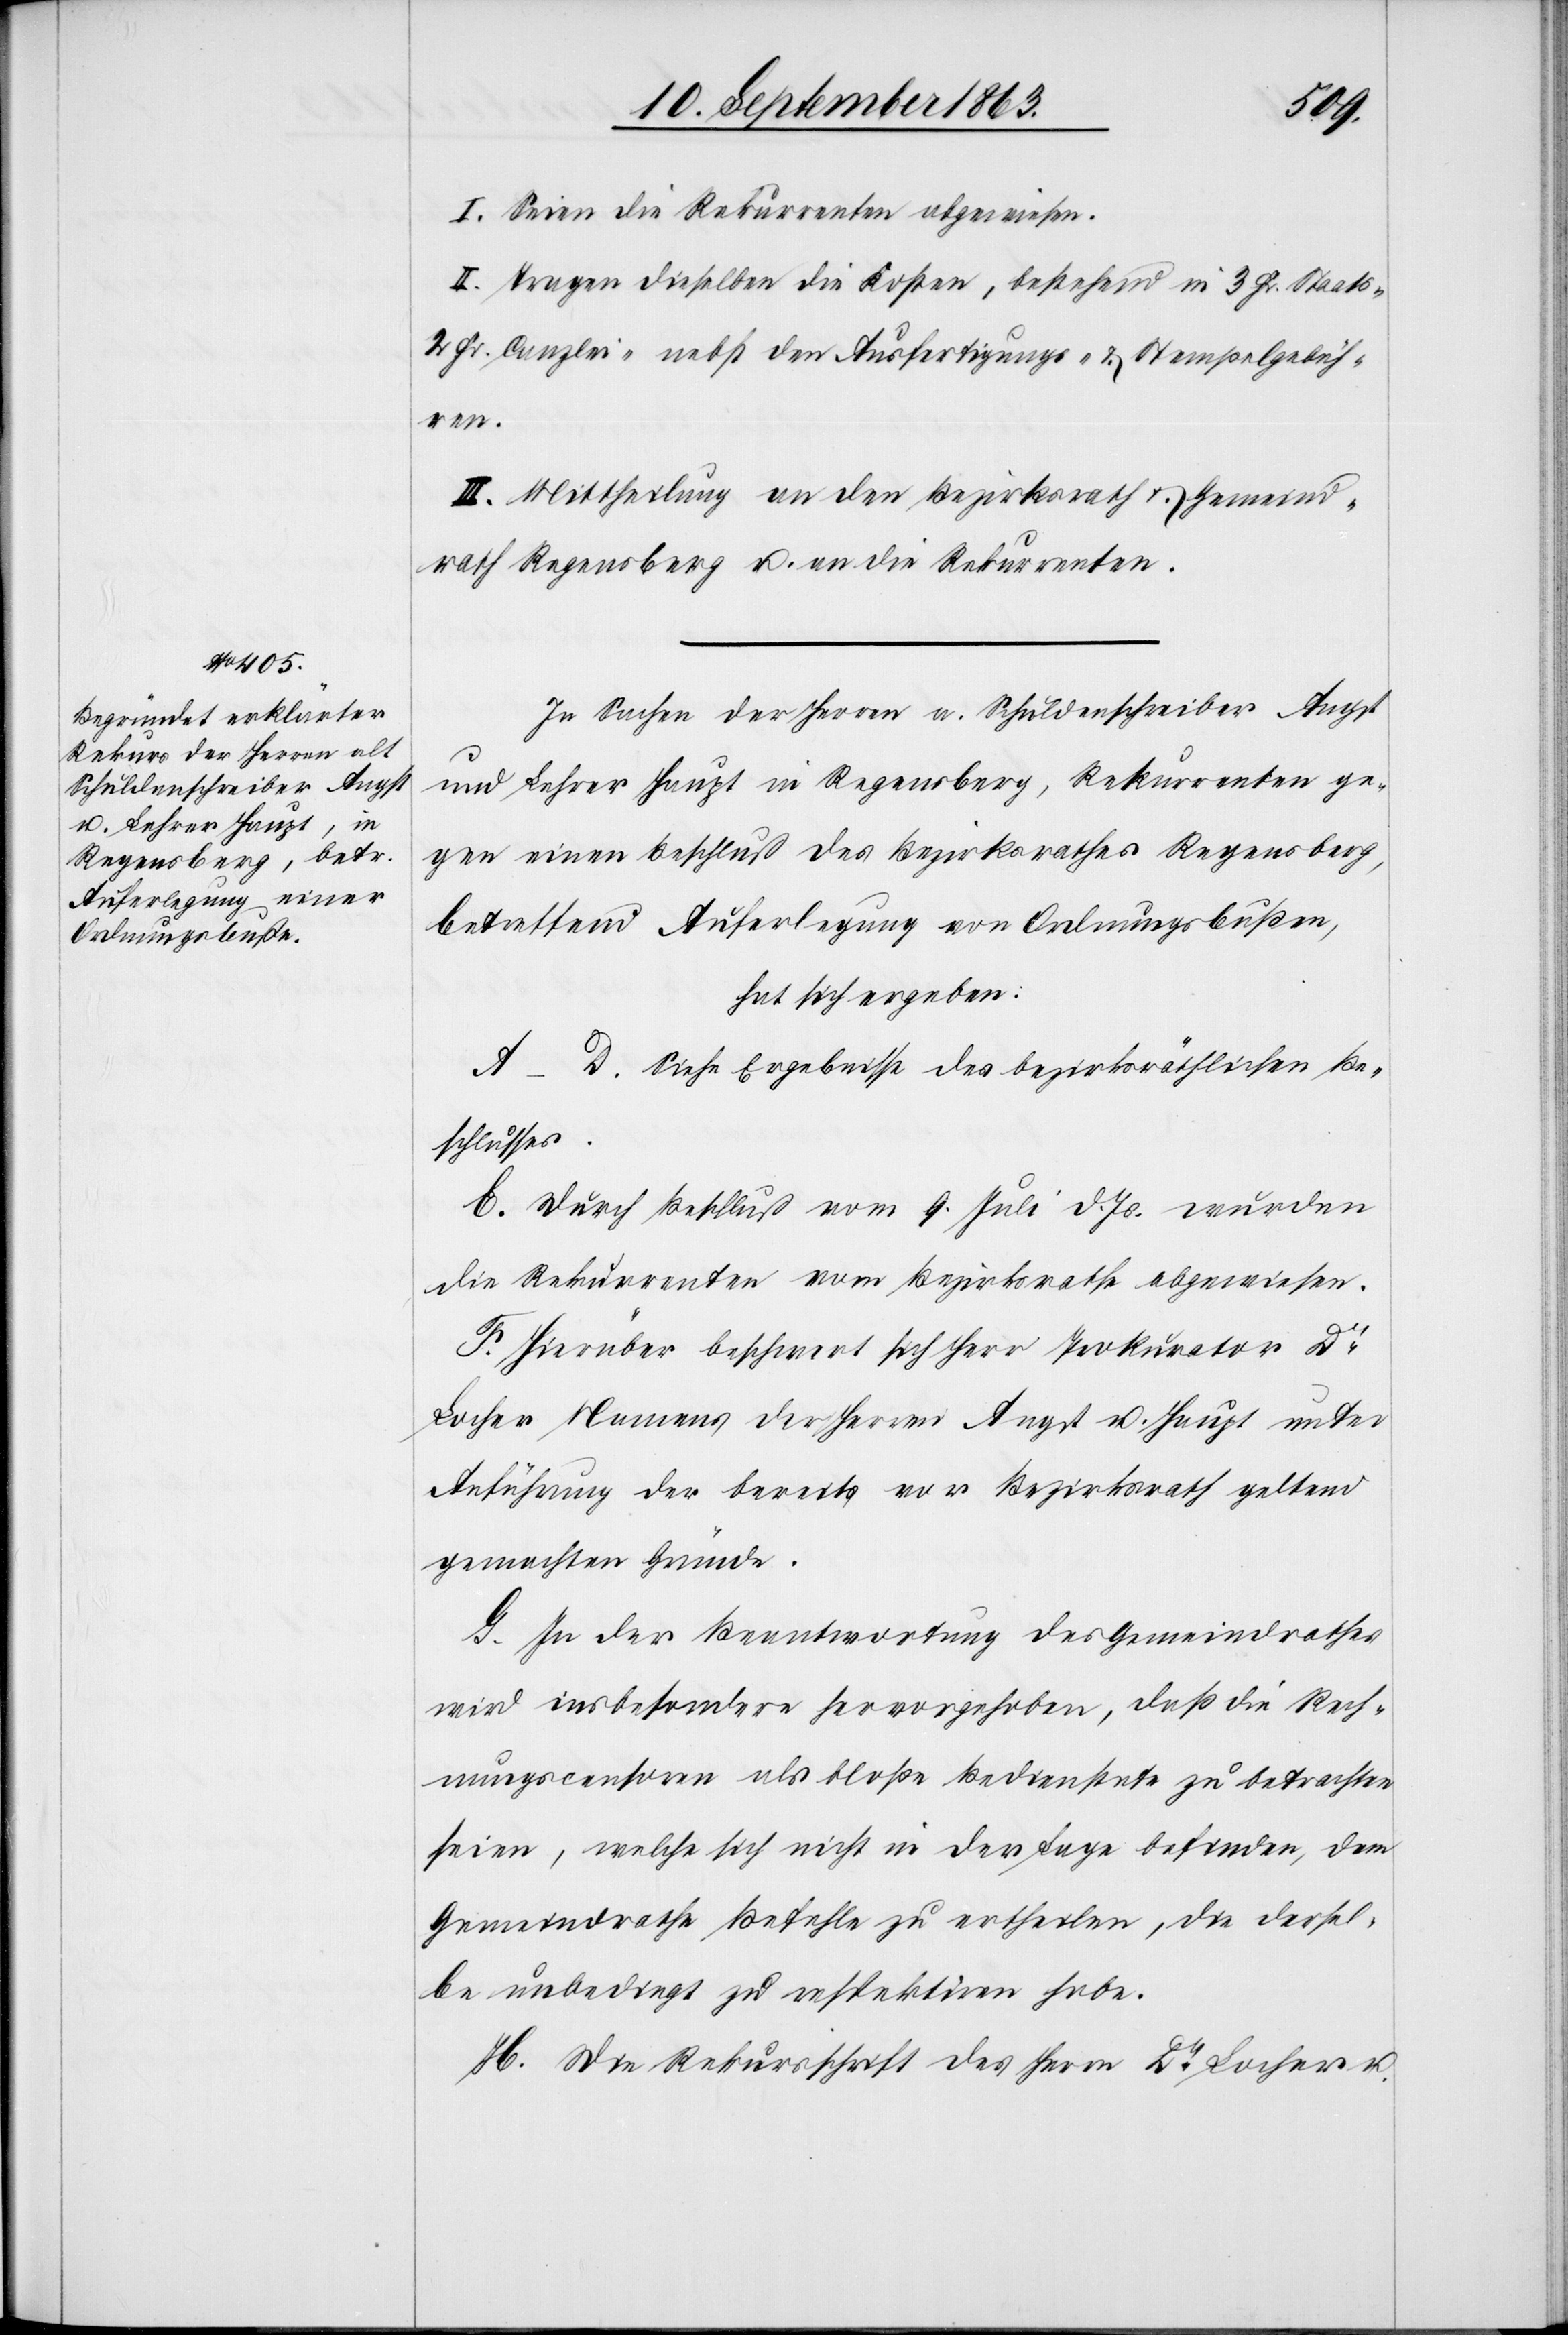
I. Seien die Rekurrenten abgewiesen.
II. Tragen dieselben die Kosten, bestehend in 3 Fr. Staats-[,]
2 Fr. Canzlei- nebst den Ausfertigungs- & Stempelgebüh¬
ren.
III. Mittheilung an den Bezirksrath & Gemeind¬
rath Regensberg u. an die Rekurrenten.
In Sachen der Herren a. Schuldenschreiber Angst
und Lehrer Haupt in Regensberg, Rekurrenten ge¬
gen einen Beschluß des Bezirksrathes Regensberg,
betreffend Auferlegung von Ordnungsbußen,
hat sich ergeben:
A–D. Siehe Ergebnisse des bezirksräthlichen Be¬
schlusses.
E. Durch Beschluß vom 9. Juli d. Js. wurden
die Rekurrenten vom Bezirksrathe abgewiesen.
F. Hierüber beschwert sich Herr Prokurator Dr
Locher Namens der Herren Angst u. Haupt unter
Anführung der bereits vor Bezirksrath geltend
gemachten Gründe.
G. In der Beantwortung des Gemeindrathes
wird insbesondere hervorgehoben, daß die Rech¬
nungscensoren als bloße Bedienstete zu betrachten
seien, welche sich nicht in der Lage befinden, dem
Gemeindrathe Befehle zu ertheilen, die dersel¬
be unbedingt zu respektiren habe.
H. Die Rekursschrift des Herrn Dr Locher u.